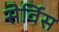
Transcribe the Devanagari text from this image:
सेर्विस